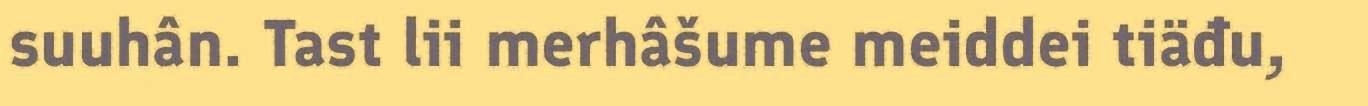
suuhân. Tast lii merhâšume meiddei tiäđu,